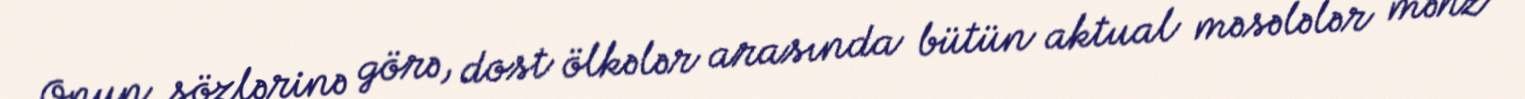
Onun sözlərinə görə, dost ölkələr arasında bütün aktual məsələlər məhz